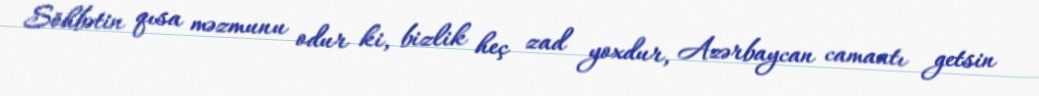
Söhbətin qısa məzmunu odur ki, bizlik heç zad yoxdur, Azərbaycan camaatı getsin